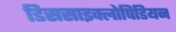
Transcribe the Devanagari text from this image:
डिससाइक्लोपिडियन